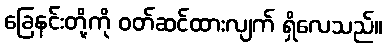
ခြေနင်းတို့ကို ဝတ်ဆင်ထားလျက် ရှိလေသည်။